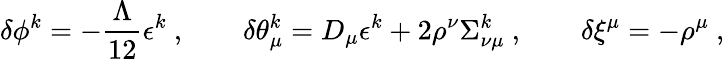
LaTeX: \delta\phi^{k}=-\frac{\Lambda}{12}\epsilon^{k}\ ,\qquad\delta\theta_{\mu}^{k}=D_{\mu}\epsilon^{k}+2\rho^{\nu}\Sigma_{\nu\mu}^{k}\ ,\qquad\delta\xi^{\mu}=-\rho^{\mu}\ ,